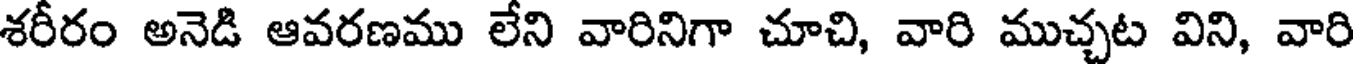
శరీరం అనెడి ఆవరణము లేని వారినిగా చూచి, వారి ముచ్చట విని, వారి